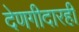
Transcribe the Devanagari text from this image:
देणगीदारही